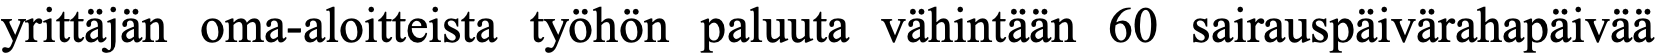
yrittäjän oma-aloitteista työhön paluuta vähintään 60 sairauspäivärahapäivää